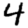
Digit: 4